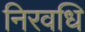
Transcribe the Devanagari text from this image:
निरवधि